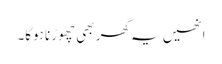
انھیں یہ گھر بھی چھوڑنا ہوگا۔